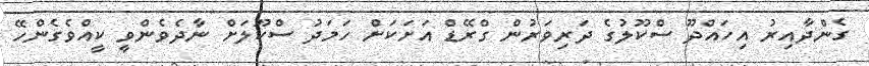
ގެންދާއިރު އިހައްދޫ ސްކޫލުގެ ދަރިވަރުން ގްރޭޑް އަށަކަށް ހަމަދު ސްކޫލަށް ނާދެވެންވީ ކީއްވެގެންހޭ